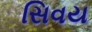
સિવય